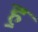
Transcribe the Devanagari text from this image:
ह॒